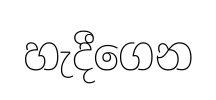
හැදීගෙන